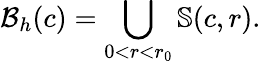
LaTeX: \mathcal{B}_{h}(c)=\bigcup_{0<r<r_{0}}\mathbb{S}(c,r).